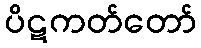
ပိဋကတ်တော်